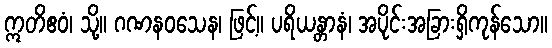
ဣတိဧဝံ၊ သို့။ ဂဏနဝသေန၊ ဖြင့်။ ပရိယန္တာနံ၊ အပိုင်းအခြားရှိကုန်သော။